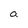
Character: a